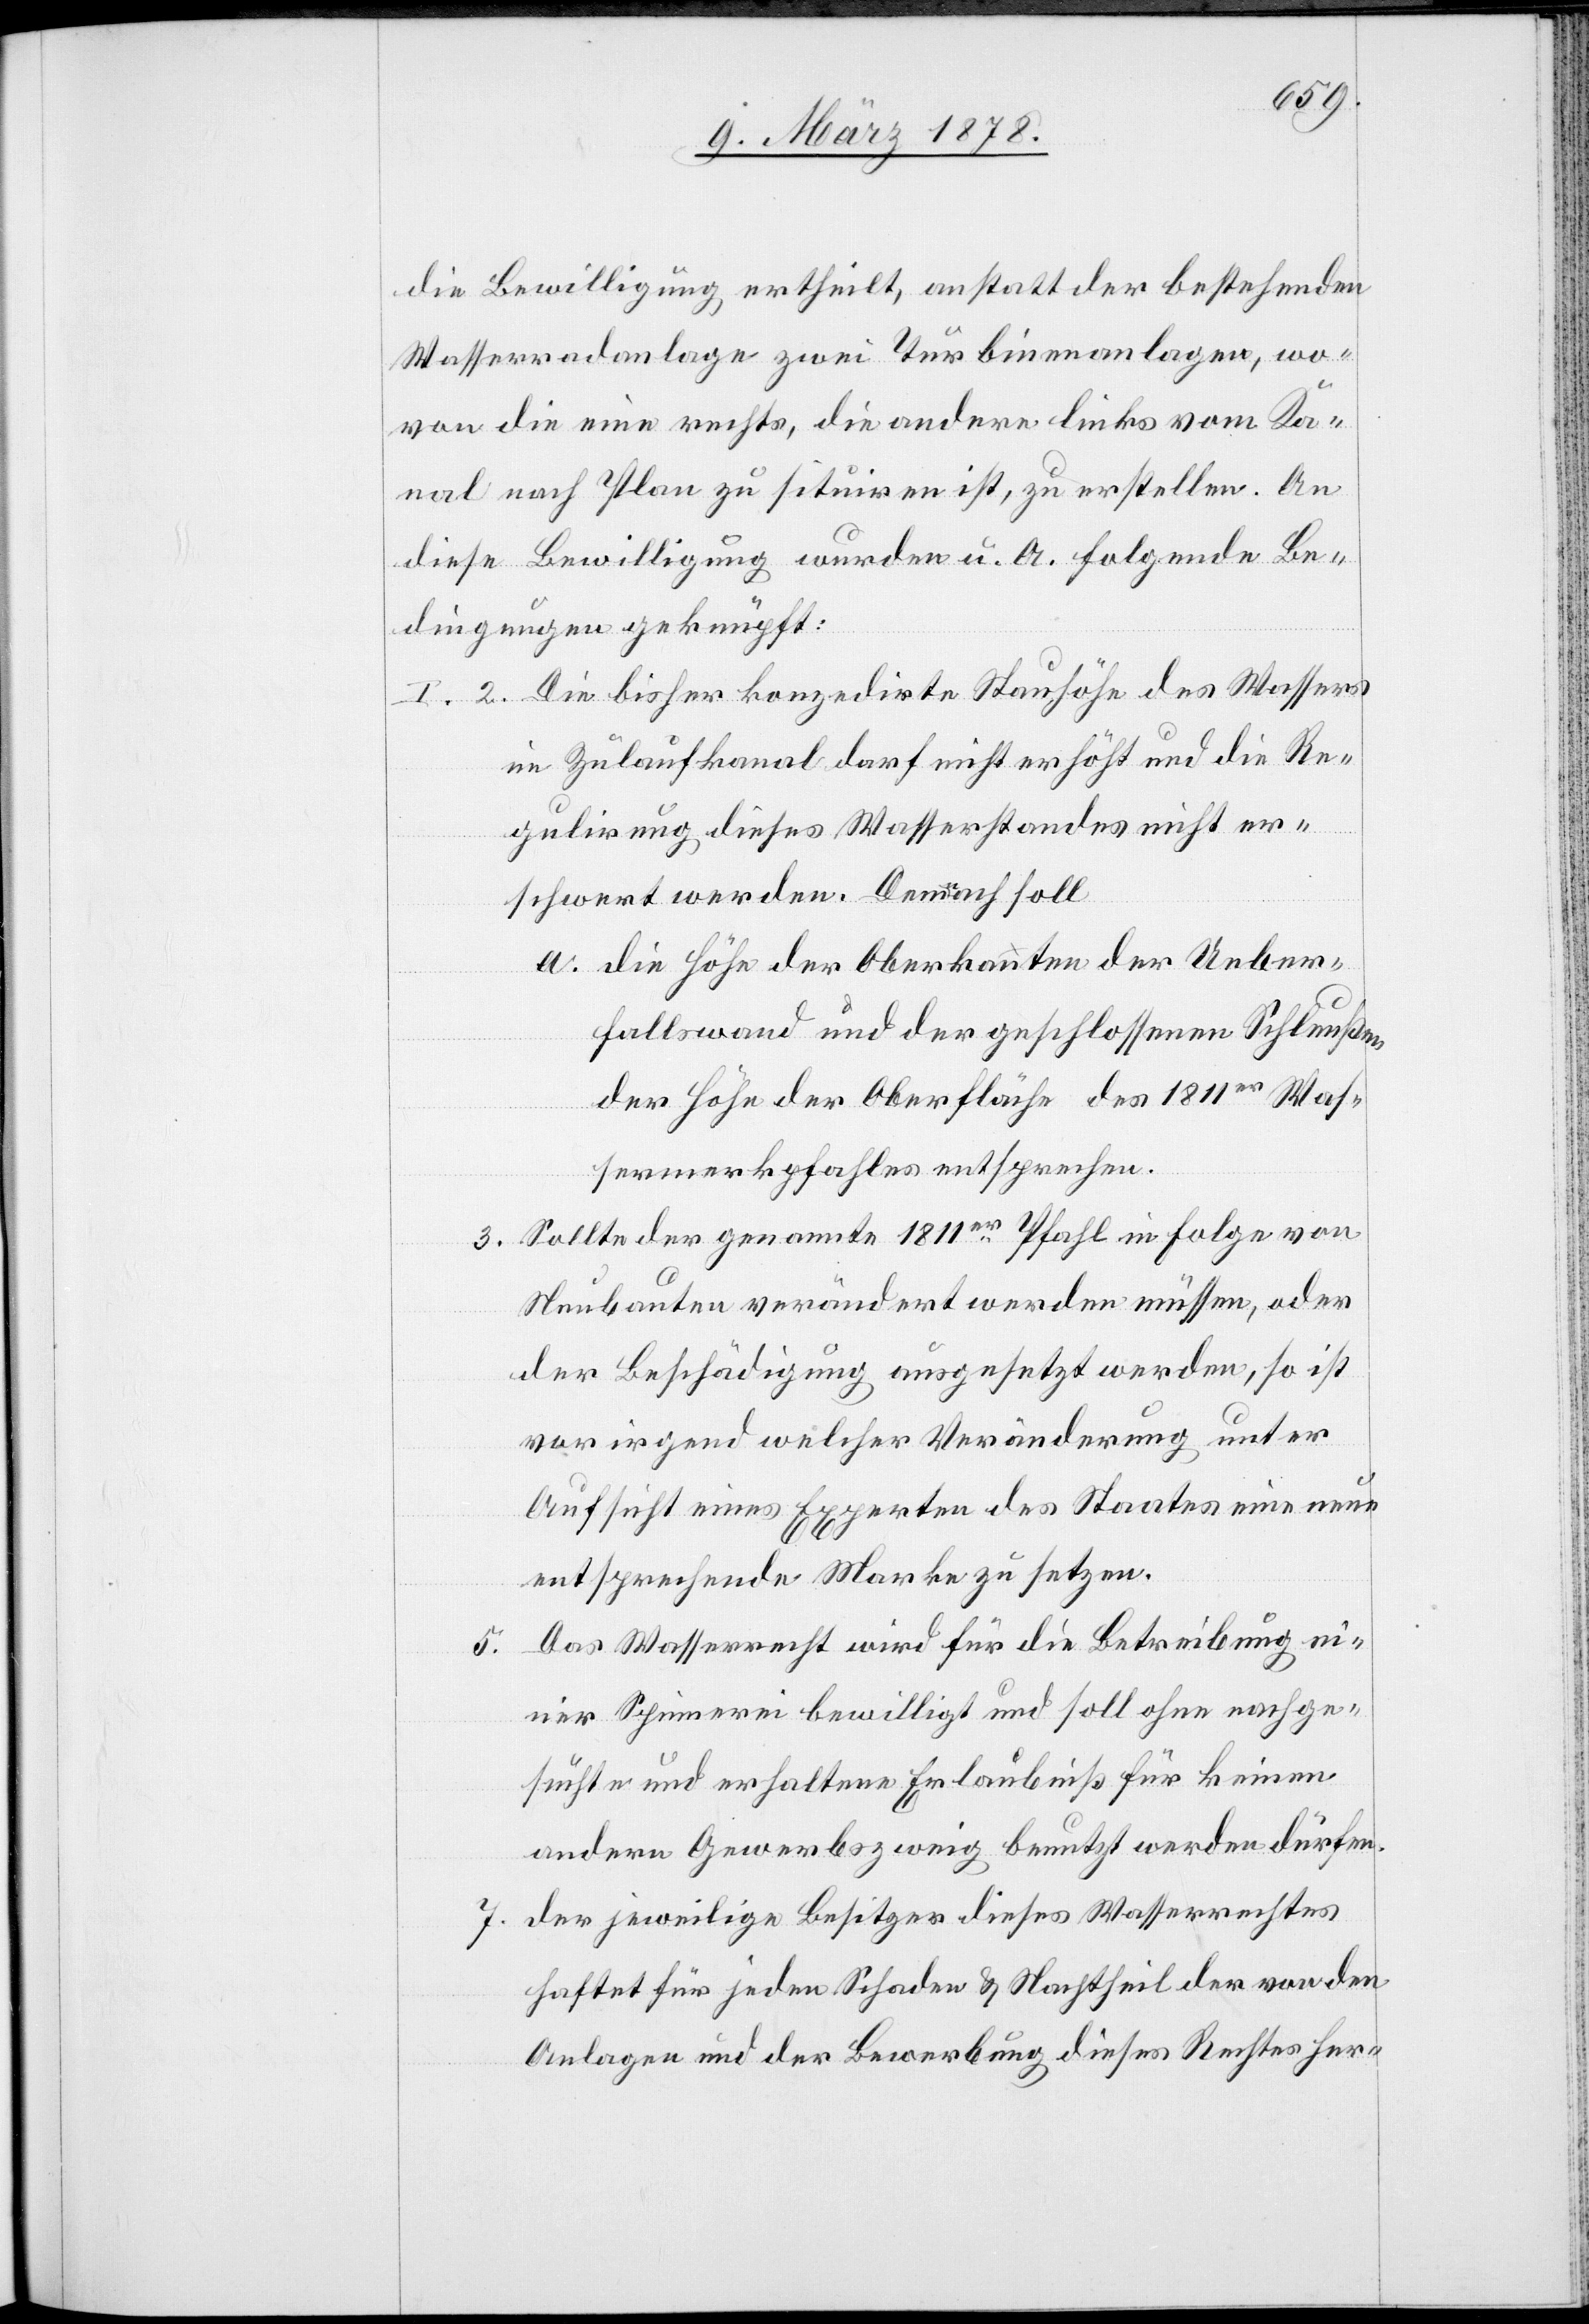
die Bewilligung ertheilt, anstatt der bestehenden
Wasserradanlage zwei Turbinenanlagen, wo¬
von die eine rechts, die andere links vom Ka¬
nal nach Plan zu situiren ist, zu erstellen. An
diese Bewilligung wurden u. A. folgende Be¬
dingungen geknüpft:
im Zulaufkanal darf nicht erhöht und die Re¬
gulirung dieses Wasserstandes nicht er¬
schwert werden. Demnach soll
a. die Höhe der Oberkanten der Ueber¬
fallswand und der geschlossenen Schleußen
der Höhe der Oberfläche des 1811er Was¬
serwerkpfahles entsprechen.
Sollte der genannte 1811er Pfahl in Folge von
Neubauten verändert werden müssen, oder
der Beschädigung ausgesetzt werden, so ist
vor irgendwelcher Veränderung unter
Aufsicht eines Experten des Staates eine neue
entsprechende Marke zu setzen.
Das Wasserrecht wird für die Betreibung ei¬
5.
ner Spinnerei bewilligt und soll ohne nachge¬
suchte und erhaltene Erlaubniß für keinen
andern Gewerbszweig benutzt werden dürfen.
der jeweilige Besitzer dieses Wasserrechtes
haftet für jeden Schaden & Nachtheil der von den
Anlagen und der Bewerbung dieses Rechtes her-